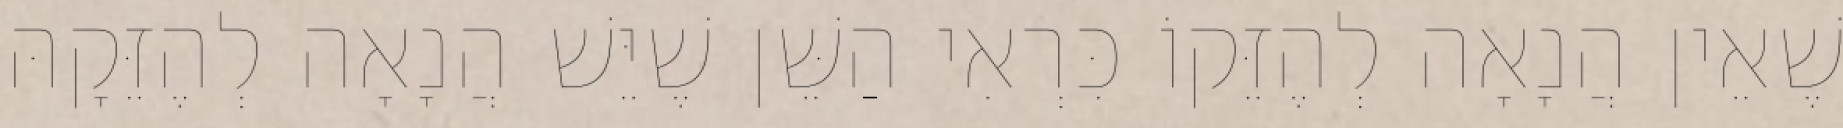
שֶׁאֵין הֲנָאָה לְהֶזֵּקוֹ כִּרְאִי הַשֵּׁן שֶׁיֵּשׁ הֲנָאָה לְהֶזֵּקָהּ